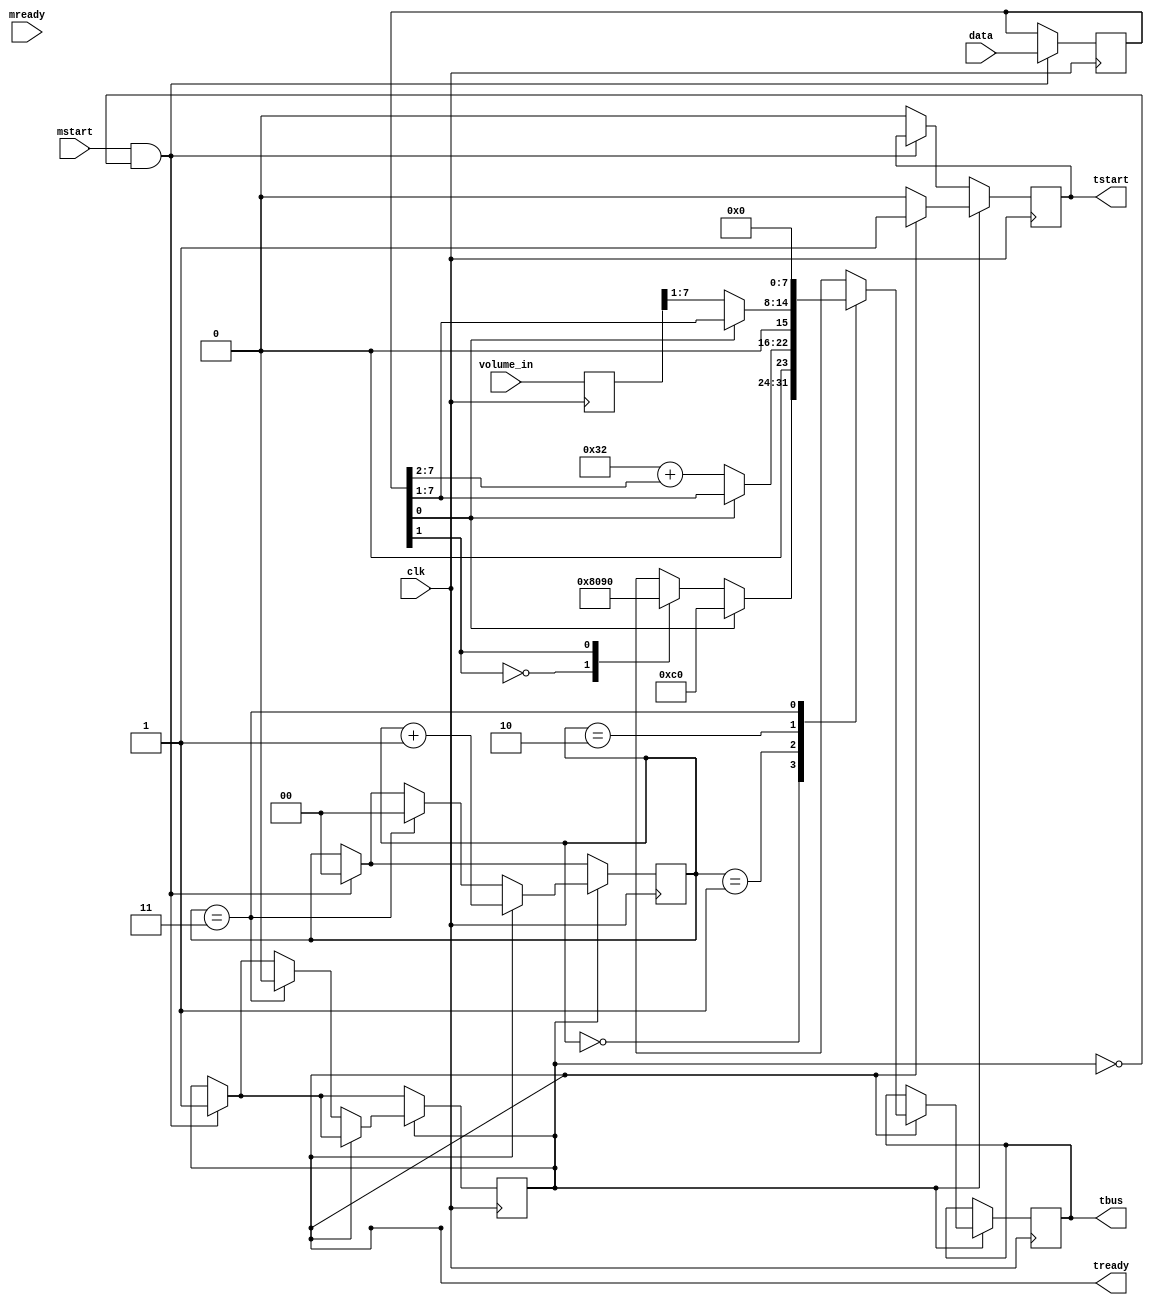
`timescale 1ns / 1ps
//////////////////////////////////////////////////////////////////////////////////
// Company: 
// Engineer: 
// 
// Design Name: 
// Module Name: midi_encoder
// Project Name: 
// Target Devices: 
// Tool Versions: 
// Description: 
// 
// Dependencies: 
// 
// Revision:
// Revision 0.01 - File Created
// Additional Comments:
// 
//////////////////////////////////////////////////////////////////////////////////


module midi_encoder(
    output reg [7:0] tbus,
    output tready,
    output reg tstart,
    input [7:0] data,
    input [7:0] volume_in,
    input mstart,
    input mready,
    input clk
    );
    reg working = 0;
    reg [1:0] datasel = 0;
    reg [7:0] data_reg;
    reg [23:0] midi;
    reg [7:0] volume;
    
    assign mready = ~working;
    
    always @ (posedge clk) begin
        volume <= volume_in;
        if (mstart && ~working) begin
            working <= 1'b1;
            datasel <= 'b0;
            data_reg <= data;
        end
        else begin
            tstart <= 'b0;
        end
        
        if (working) begin
            if (tready) begin
                tstart <= 1'b1;
                case (datasel)
                    0: tbus <= midi[23:16];
                    1: tbus <= midi[15:8];
                    2: tbus <= midi[7:0];
                    3: tbus <= 'b0;
                endcase
                datasel <= datasel + 2'b01;
            end
            else begin
                if (~tready) tstart <= 'b0;
                if (datasel == 2'b11) begin
                    working <= 1'b0;
                    datasel <= 1'b0;
                end
            end
        end
    end
    
    always @ (*)
        if (data_reg[0])
            midi[23:16] = 8'hc0;
        else
            case (data_reg[1])
                0: midi[23:16] = 8'h80;
                1: midi[23:16] = 8'h90;
            endcase
    
    always @ (*) begin
        if (data_reg[0])
            midi[15:8] = data_reg[7:1];
        else
            midi[15:8] = 8'h32 + data_reg[7:2];
    end
    
    always @ (*) begin
        if (data_reg[0])
            midi[7:0] = data_reg[7:1];
        else
            midi[7:0] = {1'b0, volume[7:1]};
    end
    
endmodule